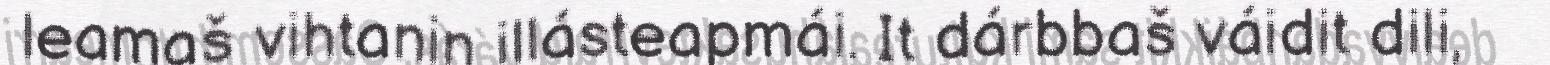
leamaš vihtanin illásteapmái. It dárbbaš váidit dili,